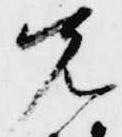
先